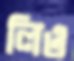
লিও